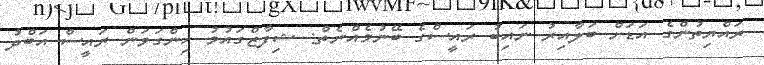
ރައްޔިތުންގެ އަޑަށް ބަލާއިރު ނައިބު ރައީސްގެ ބޭނުމެއްނެތް: ޝިފާޒްގައުމު ހިންގަވަން ރައީސް އަބްދު